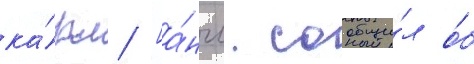
ка́рл [а́нгл. сообщи́л о́б